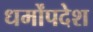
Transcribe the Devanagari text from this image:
धर्मोंपदेश